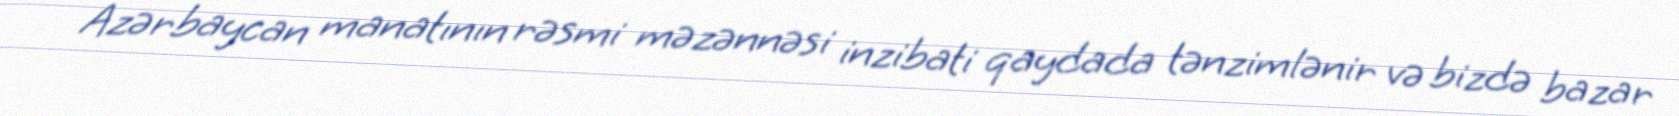
Azərbaycan manatının rəsmi məzənnəsi inzibati qaydada tənzimlənir və bizdə bazar